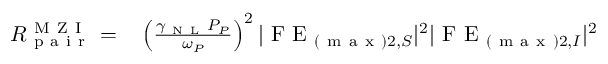
\begin{array} { r l } { R _ { \mathrm { ~ p ~ a ~ i ~ r ~ } } ^ { \mathrm { ~ M ~ Z ~ I ~ } } = } & { { } \left( \frac { \gamma _ { \mathrm { ~ N ~ L ~ } } P _ { P } } { \omega _ { P } } \right) ^ { 2 } | \mathrm { ~ F ~ E ~ } _ { ( \mathrm { ~ m ~ a ~ x ~ } ) 2 , S } | ^ { 2 } | \mathrm { ~ F ~ E ~ } _ { ( \mathrm { ~ m ~ a ~ x ~ } ) 2 , I } | ^ { 2 } } \end{array}